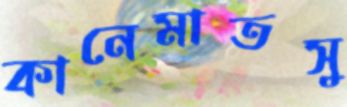
কানেমাতসু